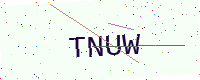
Text: TNUW